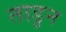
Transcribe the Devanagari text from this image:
ताडुन